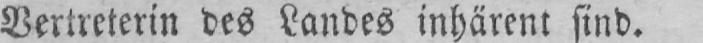
Vertreterin des Landes inhärent sind.